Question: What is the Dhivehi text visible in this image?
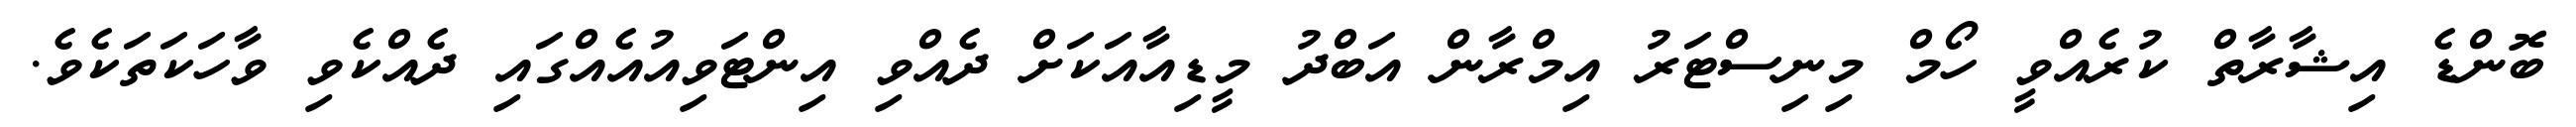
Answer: ބޮންޑެ އިޝާރާތް ކުރެއްވީ ހޯމް މިނިސްޓަރު އިމްރާން އަބްދު މީޑިއާއަކަށް ދެއްވި އިންޓަވިއުއެއްގައި ދެއްކެވި ވާހަކަތަކެވެ.